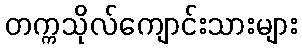
တက္ကသိုလ်ကျောင်းသားများ